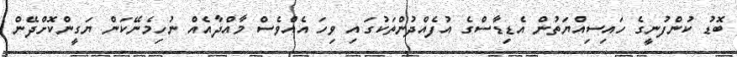
ބޮޑު ކުންފުނީގެ ހައިސިއްޔަތުން އެޑިޑާސްގެ އުފެއްދުންތަކުގައި ވިހަ އެއްވެސް މާއްދާއެއް ނުހިމެނޭކަން ޔަގީންކޮށްދޭން